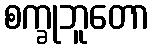
စက္ခုဘူတော